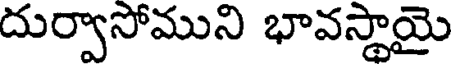
దుర్వాసోముని భావస్థాయై